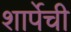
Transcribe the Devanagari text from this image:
शार्पेची